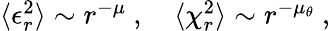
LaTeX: \begin{array}{r}{\langle\epsilon_{r}^{2}\rangle\sim r^{-\mu}\ ,\ \ \ \ \langle\chi_{r}^{2}\rangle\sim r^{-\mu_{\theta}}\ ,}\end{array}